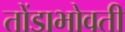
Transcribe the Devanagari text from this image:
तोंडाभोवती